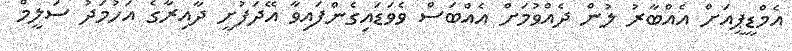
އެމްޑީޕީއަށް އެއްބާރު ލުން ދެއްވުމަށް އެއްބަސް ވެވަޑައިގެންފައިވާ އޭދަފުށީ ދާއިރާގެ އަހުމަދު ސަލީމް